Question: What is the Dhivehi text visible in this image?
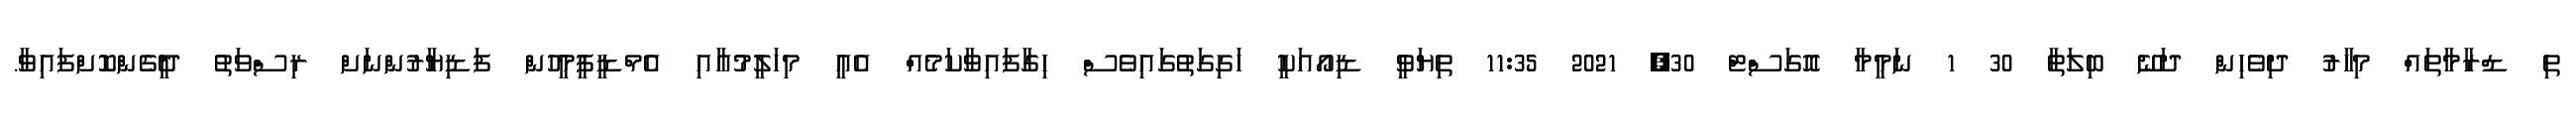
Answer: ތި ޑްރާމާތައް މިހާރު ދިވެހިން ދަނޭ ބިލަތާ 30 1 ނަމީމާ އޮގަސްޓް 30, 2021 11:35 ތިޔަވީ ޑިއޯއަކީ ހަގިގަތުގައިވެސް ހިގާފައިވާކަމެއް އެއީ މިހަލީމުއާއި އެމްޑީފީމީހުން ފަޑިޔާރުންނަށް ރިސްވަތު ދީގެންކޮށްފައިވާ.